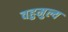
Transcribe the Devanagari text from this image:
वहुमुल्य